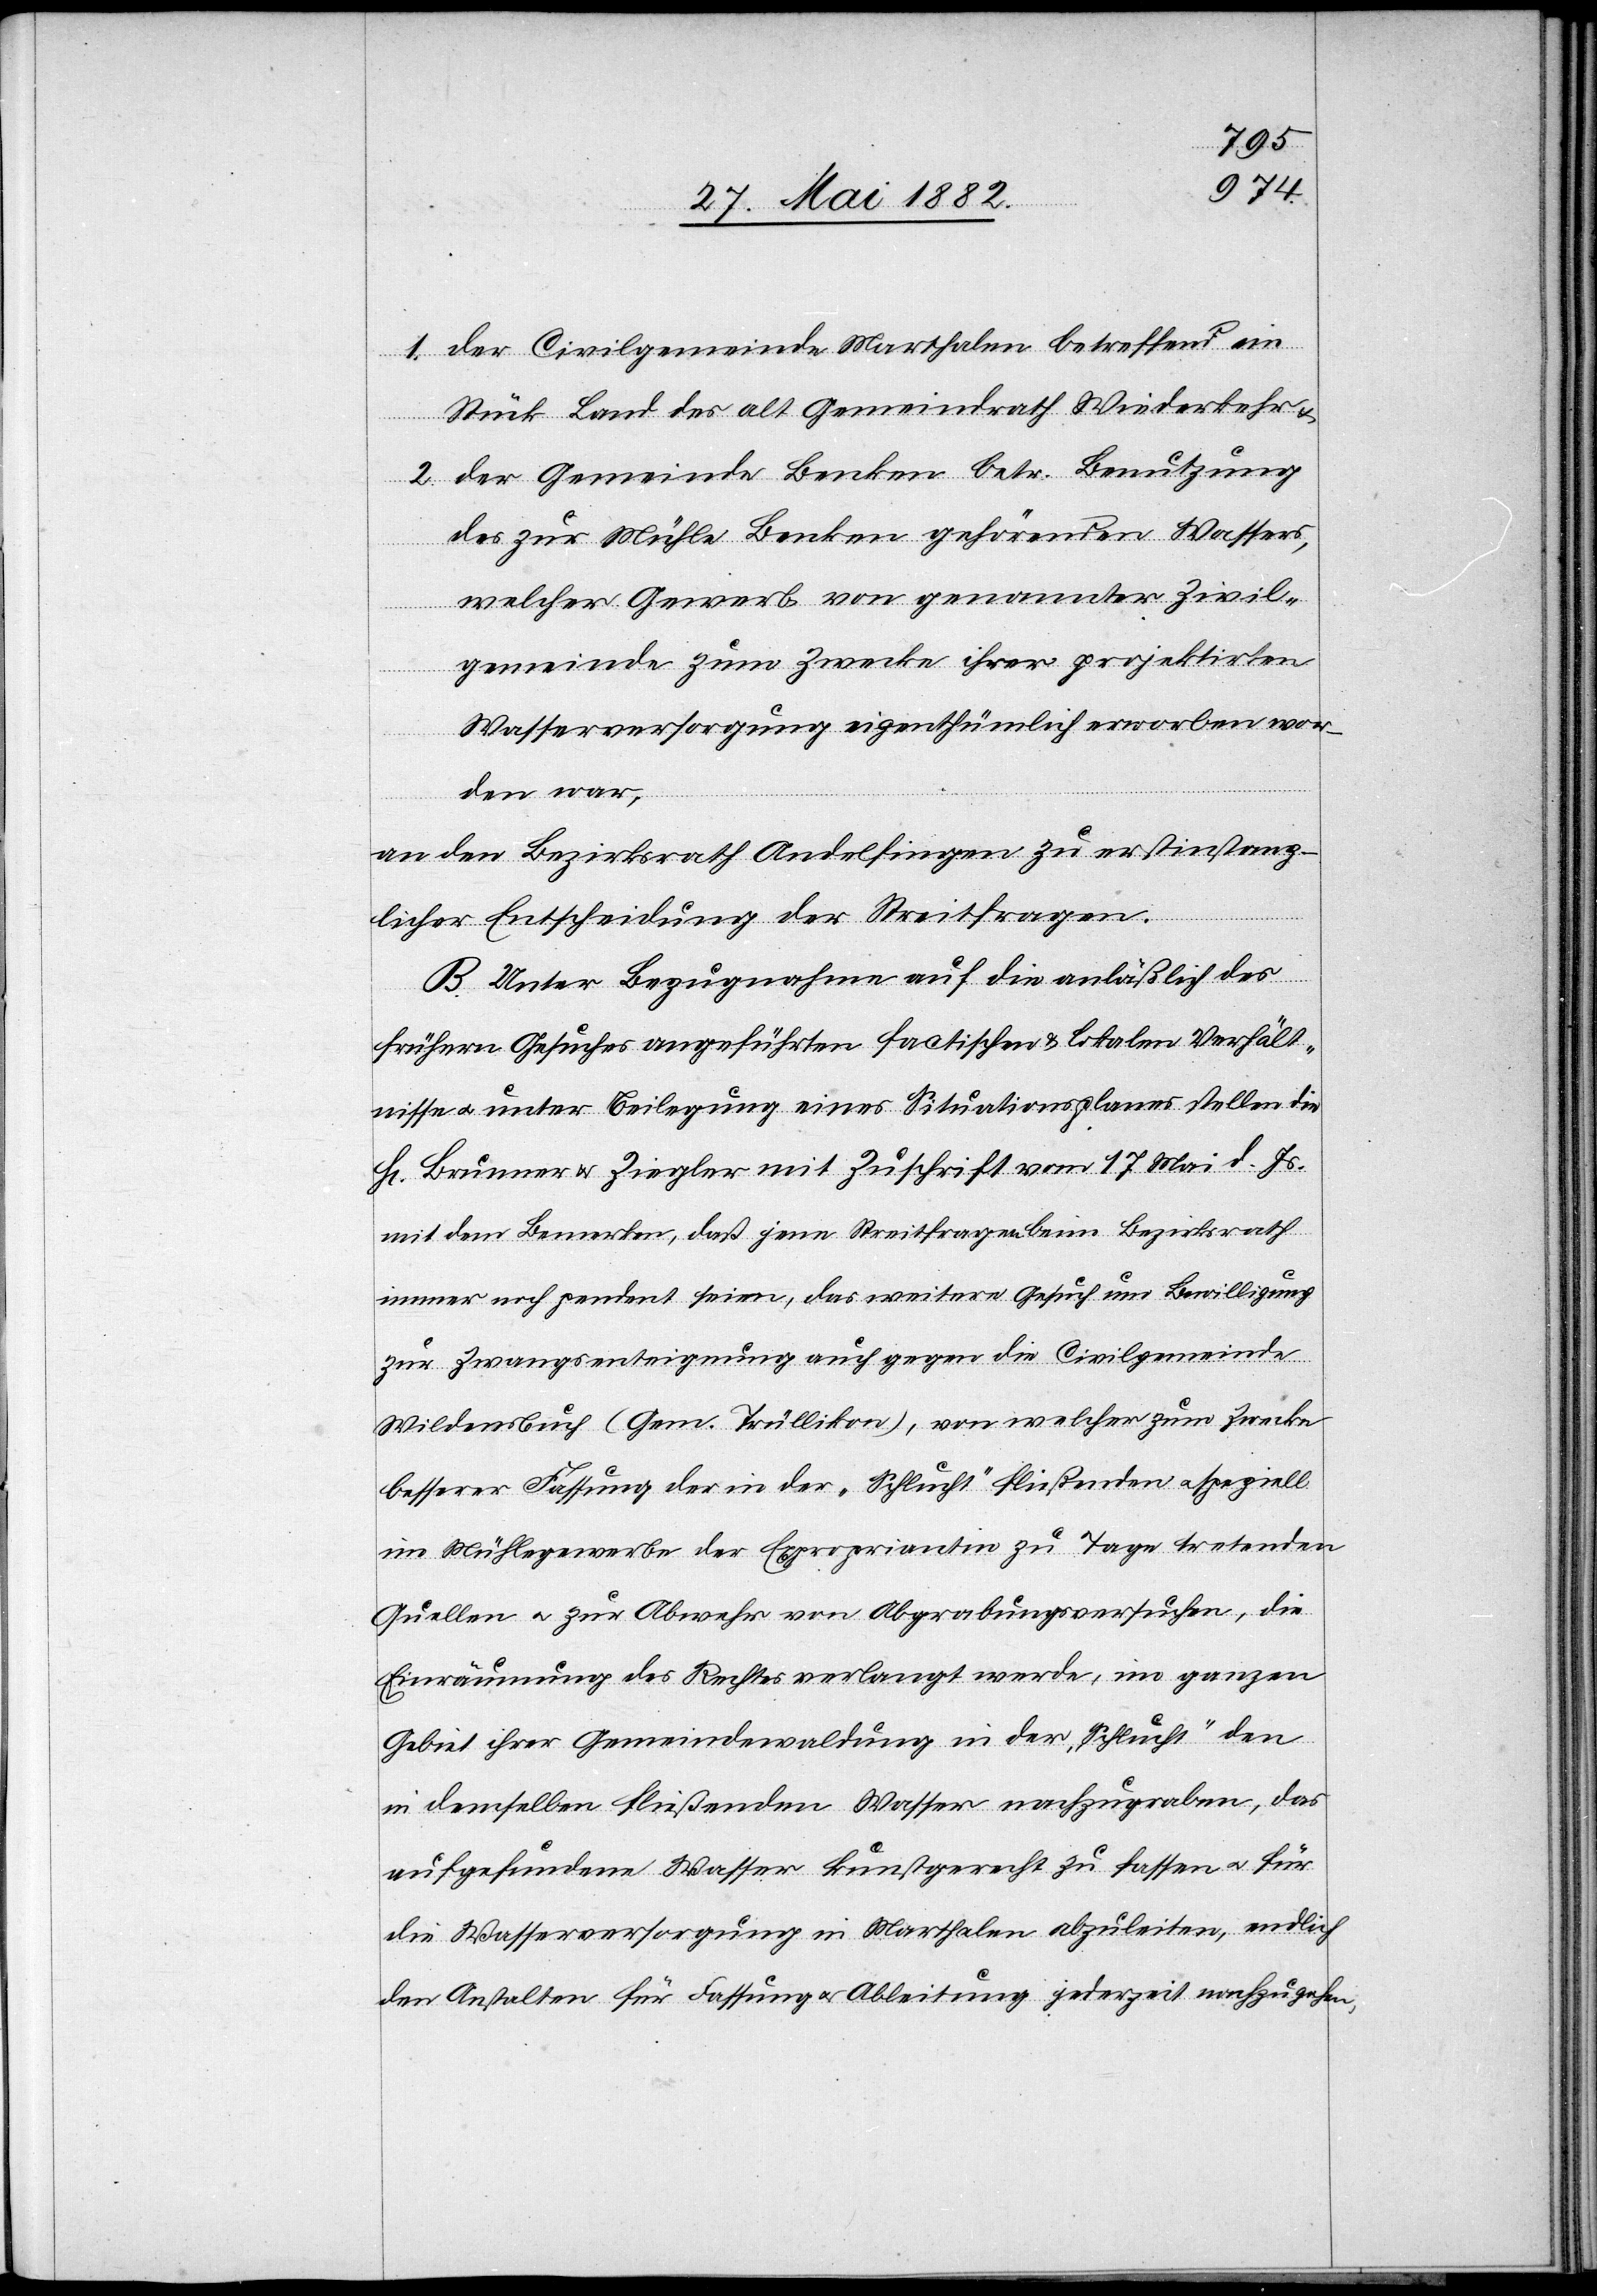
1. der Civilgemeinde Marthalen betreffend ein
Stück Land des alt Gemeindrath Wiederkehr &
2. der Gemeinde Benken betr. Benutzung
des zur Mühle Benken gehörenden Wassers,
welcher Gewerb von genannter Zivil¬
gemeinde zum Zwecke ihrer projektirten
Wasserversorgung eigenthümlich erworben wor¬
den war,
an den Bezirksrath Andelfingen zu erstinstanz¬
licher Entscheidung der Streitfrage.
B. Unter Bezugnahme auf die anläßlich des
frühern Gesuches angeführten factischen & lokalen Verhält¬
nisse u. unter Beilegung eines Situationsplanes stellen die
H[rn]. Brunner & Ziegler mit Zuschrift vom 17. Mai d. Js.
mit dem Bemerken, daß jene Streitfragen beim Bezirksrath
immer noch pendent seien, das weitere Gesuch um Bewilligung
zur Zwangsenteignung auch gegen die Civilgemeinde
Wildensbuch (Gem. Trüllikon), von welcher zum Zwecke
besserer Fassung der in der „Schlucht“ fließenden u. speziell
im Mühlegewerbe der Expropriantin zu Tage tretenden
Quellen u. zur Abwehr von Abgrabungsversuchen, die
Einräumung des Rechtes verlangt werde, im ganzen
Gebiet ihrer Gemeindewaldung in der „Schlucht“ den
in demselben fließenden Wasser[n] nachzugraben, das
aufgefundene Wasser kunstgerecht zu fassen u. für
die Wasserversorgung in Marthalen abzuleiten, endlich
den Anstalten für Fassung u. Ableitung jederzeit nachzugehen,